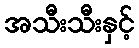
အသီးသီးနှင့်